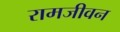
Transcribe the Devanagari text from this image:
रामजीवन